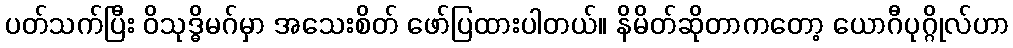
ပတ်သက်ပြီး ဝိသုဒ္ဓိမဂ်မှာ အသေးစိတ် ဖော်ပြထားပါတယ်။ နိမိတ်ဆိုတာကတော့ ယောဂီပုဂ္ဂိုလ်ဟာ